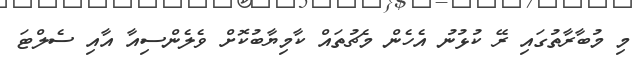
މި މުބާރާތުގައި ރޭ ކުޅުނު އެހެން މެޗުތައް ކާމިޔާބުކޮށް ވެލެންސިއާ އާއި ސެލްޓަ